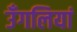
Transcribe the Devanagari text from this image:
उँगलियां